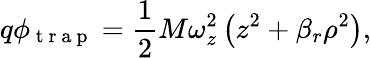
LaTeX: q\phi_{\mathrm{~t~r~a~p~}}=\frac{1}{2}M\omega_{z}^{2}\left(z^{2}+\beta_{r}\rho^{2}\right),